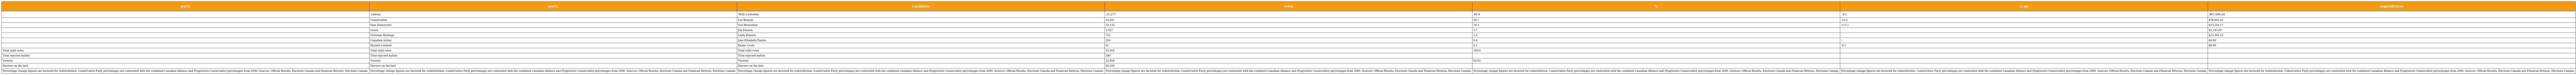
| party | party | candidate | votes | % | ± pp | expenditures |
 | --- | --- | --- | --- | --- | --- | --- |
 |  | Liberal | Walt Lastewka | 21,277 | 40.4 | -4.5 | $67,606.54 |
 |  | Conservative | Leo Bonomi | 18,261 | 34.7 | -13.2 | $76,063.45 |
 |  | New Democratic | Ted Mouradian | 10,135 | 19.3 | +13.1 | $13,554.17 |
 |  | Green | Jim Fannon | 1,927 | 3.7 | – | $1,145.69 |
 |  | Christian Heritage | Linda Klassen | 751 | 1.4 | – | $15,303.13 |
 |  | Canadian Action | Jane Elizabeth Paxton | 204 | 0.4 | – | $0.00 |
 |  | Marxist–Leninist | Elaine Couto | 61 | 0.1 | -0.1 | $6.90 |
 | Total valid votes | Total valid votes | Total valid votes | 52,616 | 100.0 |  |  |
 | Total rejected ballots | Total rejected ballots | Total rejected ballots | 240 |  |  |  |
 | Turnout | Turnout | Turnout | 52,856 | 62.03 |  |  |
 | Electors on the lists | Electors on the lists | Electors on the lists | 85,209 |  |  |  |
 | Percentage change figures are factored for redistribution. Conservative Party percentages are contrasted with the combined Canadian Alliance and Progressive Conservative percentages from 2000. Sources: Official Results, Elections Canada and Financial Returns, Elections Canada. | Percentage change figures are factored for redistribution. Conservative Party percentages are contrasted with the combined Canadian Alliance and Progressive Conservative percentages from 2000. Sources: Official Results, Elections Canada and Financial Returns, Elections Canada. | Percentage change figures are factored for redistribution. Conservative Party percentages are contrasted with the combined Canadian Alliance and Progressive Conservative percentages from 2000. Sources: Official Results, Elections Canada and Financial Returns, Elections Canada. | Percentage change figures are factored for redistribution. Conservative Party percentages are contrasted with the combined Canadian Alliance and Progressive Conservative percentages from 2000. Sources: Official Results, Elections Canada and Financial Returns, Elections Canada. | Percentage change figures are factored for redistribution. Conservative Party percentages are contrasted with the combined Canadian Alliance and Progressive Conservative percentages from 2000. Sources: Official Results, Elections Canada and Financial Returns, Elections Canada. | Percentage change figures are factored for redistribution. Conservative Party percentages are contrasted with the combined Canadian Alliance and Progressive Conservative percentages from 2000. Sources: Official Results, Elections Canada and Financial Returns, Elections Canada. | Percentage change figures are factored for redistribution. Conservative Party percentages are contrasted with the combined Canadian Alliance and Progressive Conservative percentages from 2000. Sources: Official Results, Elections Canada and Financial Returns, Elections Canada. |